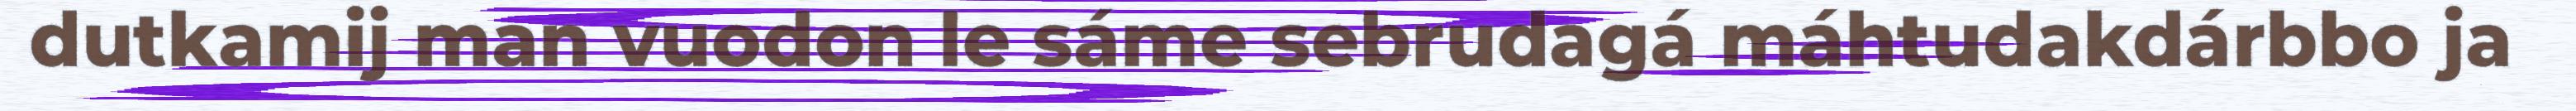
dutkamij man vuodon le sáme sebrudagá máhtudakdárbbo ja